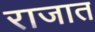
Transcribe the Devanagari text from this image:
राजात